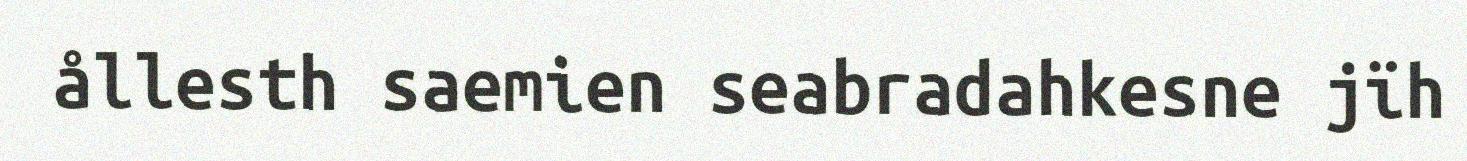
ållesth saemien seabradahkesne jïh